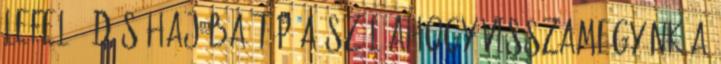
lefelé. Dús hajába tép a szél Ahogy visszamegyünk a